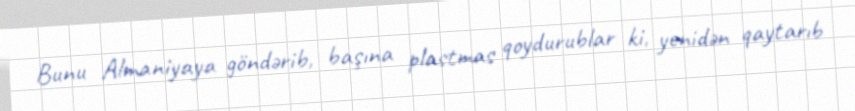
Bunu Almaniyaya göndərib, başına plastmas qoydurublar ki, yenidən qaytarıb